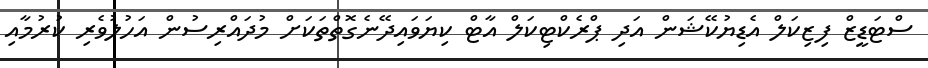
ސްޓަޑީޒް ފިޒިކަލް އެޑިޔުކޭޝަން އަދި ޕްރެކްޓިކަލް އާޓް ކިޔަވައިދޭނެގޮތްތަކަށް މުދައްރިސުން އަހުލުވެރި ކުރުމާއި